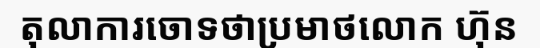
តុលាការចោទថាប្រមាថលោក ហ៊ុន